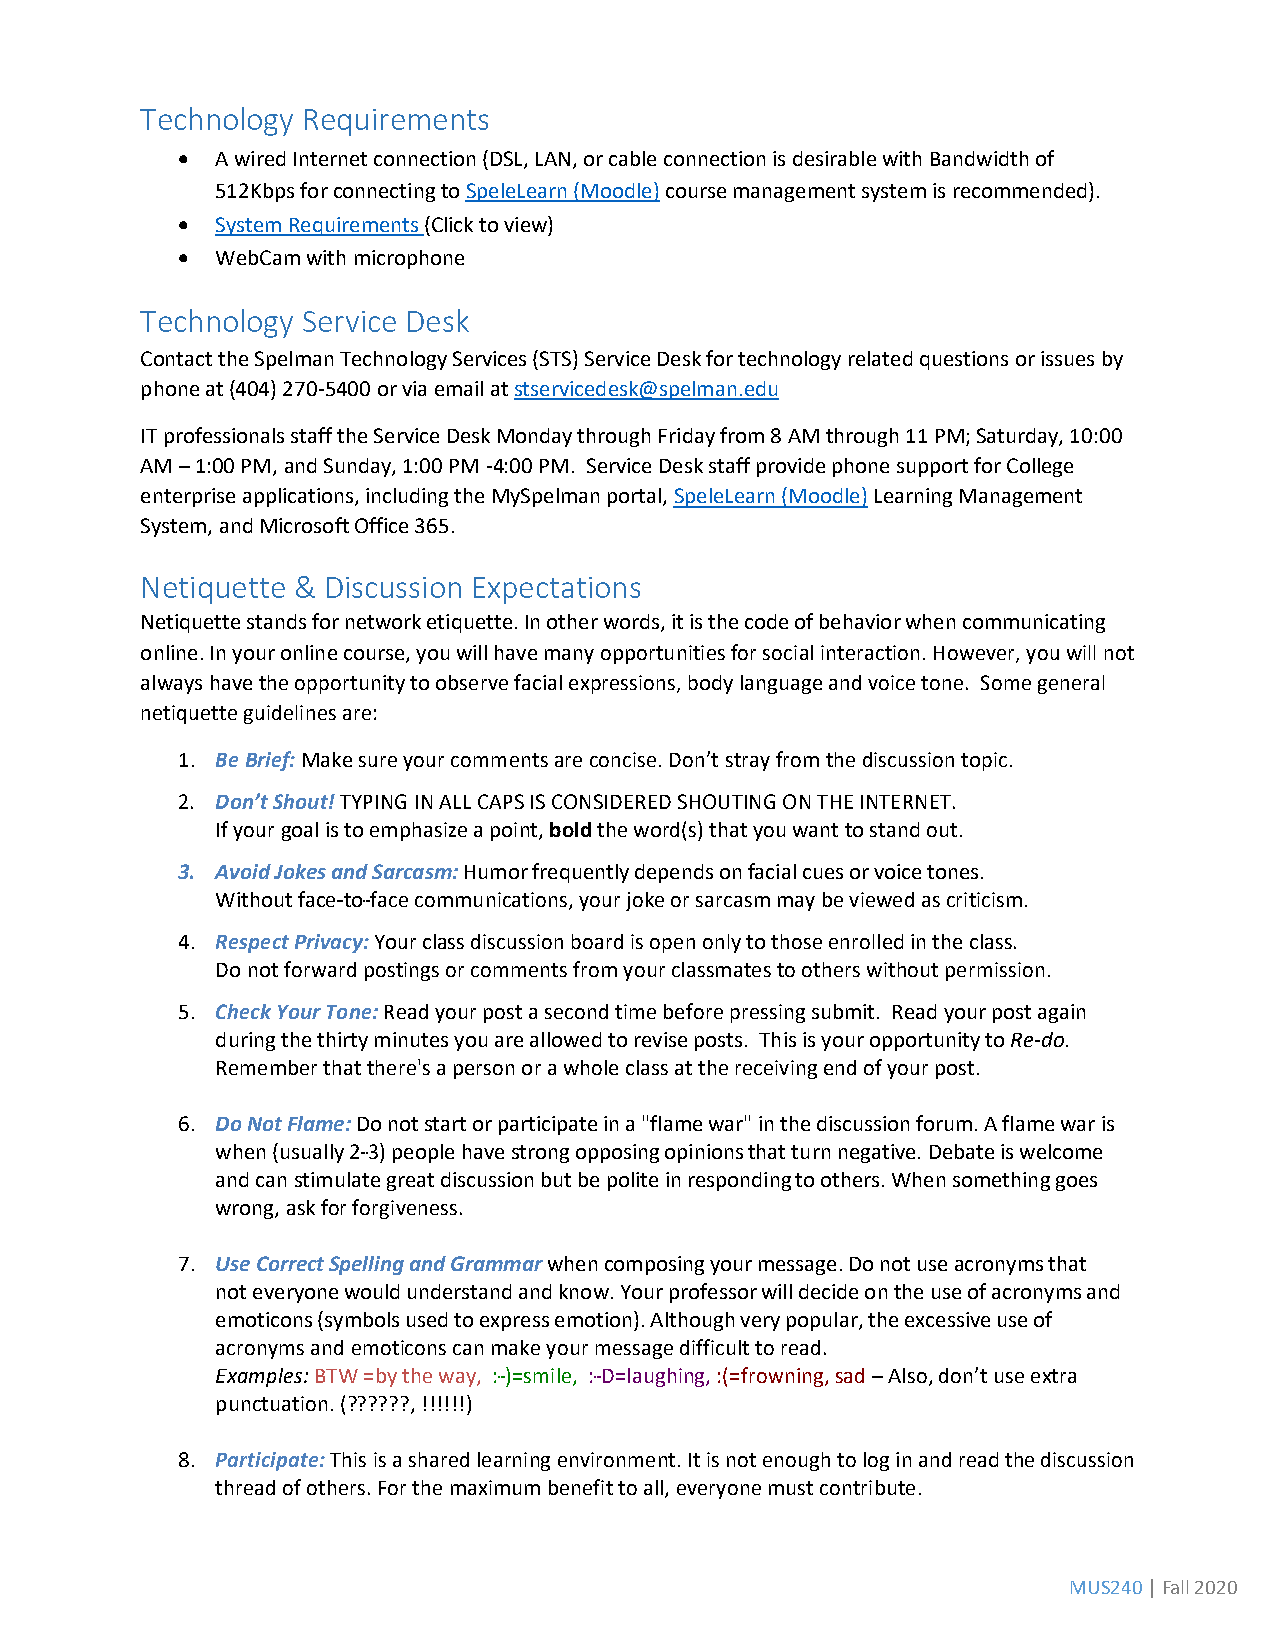
Technology Requirements
 • A wired Internet connection (DSL, LAN, or cable connection is desirable with Bandwidth of
 512Kbps for connecting to SpeleLearn (Moodle) course management system is recommended).
 • System Requirements (Click to view)
 • WebCam with microphone
 Technology Service Desk
 Contact the Spelman Technology Services (STS) Service Desk for technology related questions or issues by
 phone at (404) 270-5400 or via email at stservicedesk@spelman.edu
 IT professionals staff the Service Desk Monday through Friday from 8 AM through 11 PM; Saturday, 10:00
 AM – 1:00 PM, and Sunday, 1:00 PM -4:00 PM. Service Desk staff provide phone support for College
 enterprise applications, including the MySpelman portal, SpeleLearn (Moodle) Learning Management
 System, and Microsoft Office 365.
 Netiquette & Discussion Expectations
 Netiquette stands for network etiquette. In other words, it is the code of behavior when communicating
 online. In your online course, you will have many opportunities for social interaction. However, you will not
 always have the opportunity to observe facial expressions, body language and voice tone. Some general
 netiquette guidelines are:
 1. Be Brief: Make sure your comments are concise. Don’t stray from the discussion topic.
 2. Don’t Shout! TYPING IN ALL CAPS IS CONSIDERED SHOUTING ON THE INTERNET.
 If your goal is to emphasize a point, bold the word(s) that you want to stand out.
 3. Avoid Jokes and Sarcasm: Humor frequently depends on facial cues or voice tones.
 Without face---to---face communications, your joke or sarcasm may be viewed as criticism.
 4. Respect Privacy: Your class discussion board is open only to those enrolled in the class.
 Do not forward postings or comments from your classmates to others without permission.
 5. Check Your Tone: Read your post a second time before pressing submit. Read your post again
 during the thirty minutes you are allowed to revise posts. This is your opportunity to Re-do.
 Remember that there's a person or a whole class at the receiving end of your post.
 6. Do Not Flame: Do not start or participate in a "flame war" in the discussion forum. A flame war is
 when (usually 2---3) people have strong opposing opinions that turn negative. Debate is welcome
 and can stimulate great discussion but be polite in responding to others. When something goes
 wrong, ask for forgiveness.
 7. Use Correct Spelling and Grammar when composing your message. Do not use acronyms that
 not everyone would understand and know. Your professor will decide on the use of acronyms and
 emoticons (symbols used to express emotion). Although very popular, the excessive use of
 acronyms and emoticons can make your message difficult to read.
 Examples: BTW =by the way, :---)=smile, :---D=laughing, :(=frowning, sad – Also, don’t use extra
 punctuation. (??????, !!!!!!)
 8. Participate: This is a shared learning environment. It is not enough to log in and read the discussion
 thread of others. For the maximum benefit to all, everyone must contribute.
 MUS240 | Fall 2020